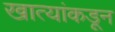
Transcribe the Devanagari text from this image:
खात्यांकडून